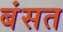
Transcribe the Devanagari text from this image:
बंसत